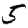
Digit: 5